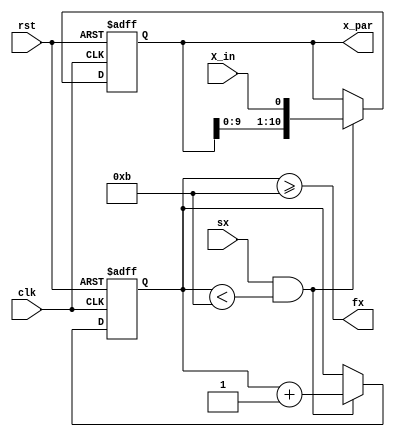
//Verilog HDL for "lab3", "shift_in" "verilog"
`timescale 1ns / 1ps

module shift_in_x (X_in, sx, rst, clk, x_par, fx);
	input X_in, sx,rst,clk;
	output fx;
	output [11 - 1:0] x_par;
	wire fx; 

	reg [11 - 1:0] x_par;
	reg [3 : 0] shifts;
	
	assign fx = (shifts >= 11);

	always @(posedge clk or posedge rst) begin
		if(rst) begin
			x_par<= 11'b0;
			shifts<= 4'b0;
		end
		 else if(sx && shifts< 11) begin
			x_par[11-1:0]<={ x_par[11-2:0], X_in};
			shifts <= shifts + 1;
		end
		
	end
	
endmodule